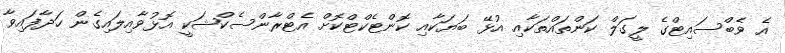
އެ ވެބްސައިޓްގެ ލީގަލް ކަންތައްތަކާއި އުޅޭ ބަޔަކާއި ކޮންޓެކްޓްކޮށް އެޓްރާންސެކްޝަކީ އޮޅުވާއިލައިގެން ހަދާފައިވާ